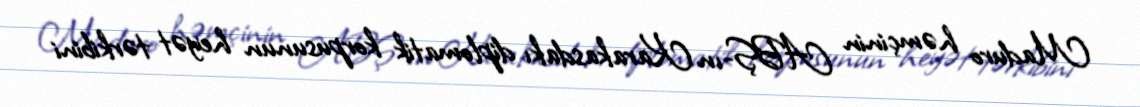
Maduro həmçinin ABŞ-ın Karakasdakı diplomatik korpusunun heyət tərkibini